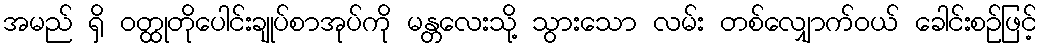
အမည် ရှိ ဝတ္ထုတိုပေါင်းချုပ်စာအုပ်ကို မန္တလေးသို့ သွားသော လမ်း တစ်လျှောက်ဝယ် ခေါင်းစဉ်ဖြင့်